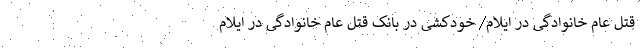
قتل عام خانوادگی در ایلام/ خودکشی در بانک قتل عام خانوادگی در ایلام